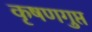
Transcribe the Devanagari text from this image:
कृषणगुप्त